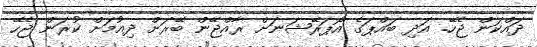
ދައްކަން ޖެހޭ. އަދި ބައްޕަގެ އޮޕަރޭޝަނަށް ރާއްޖޭން ބޭރަށް ދިއުމަށް ކުރަން ޖެހޭ